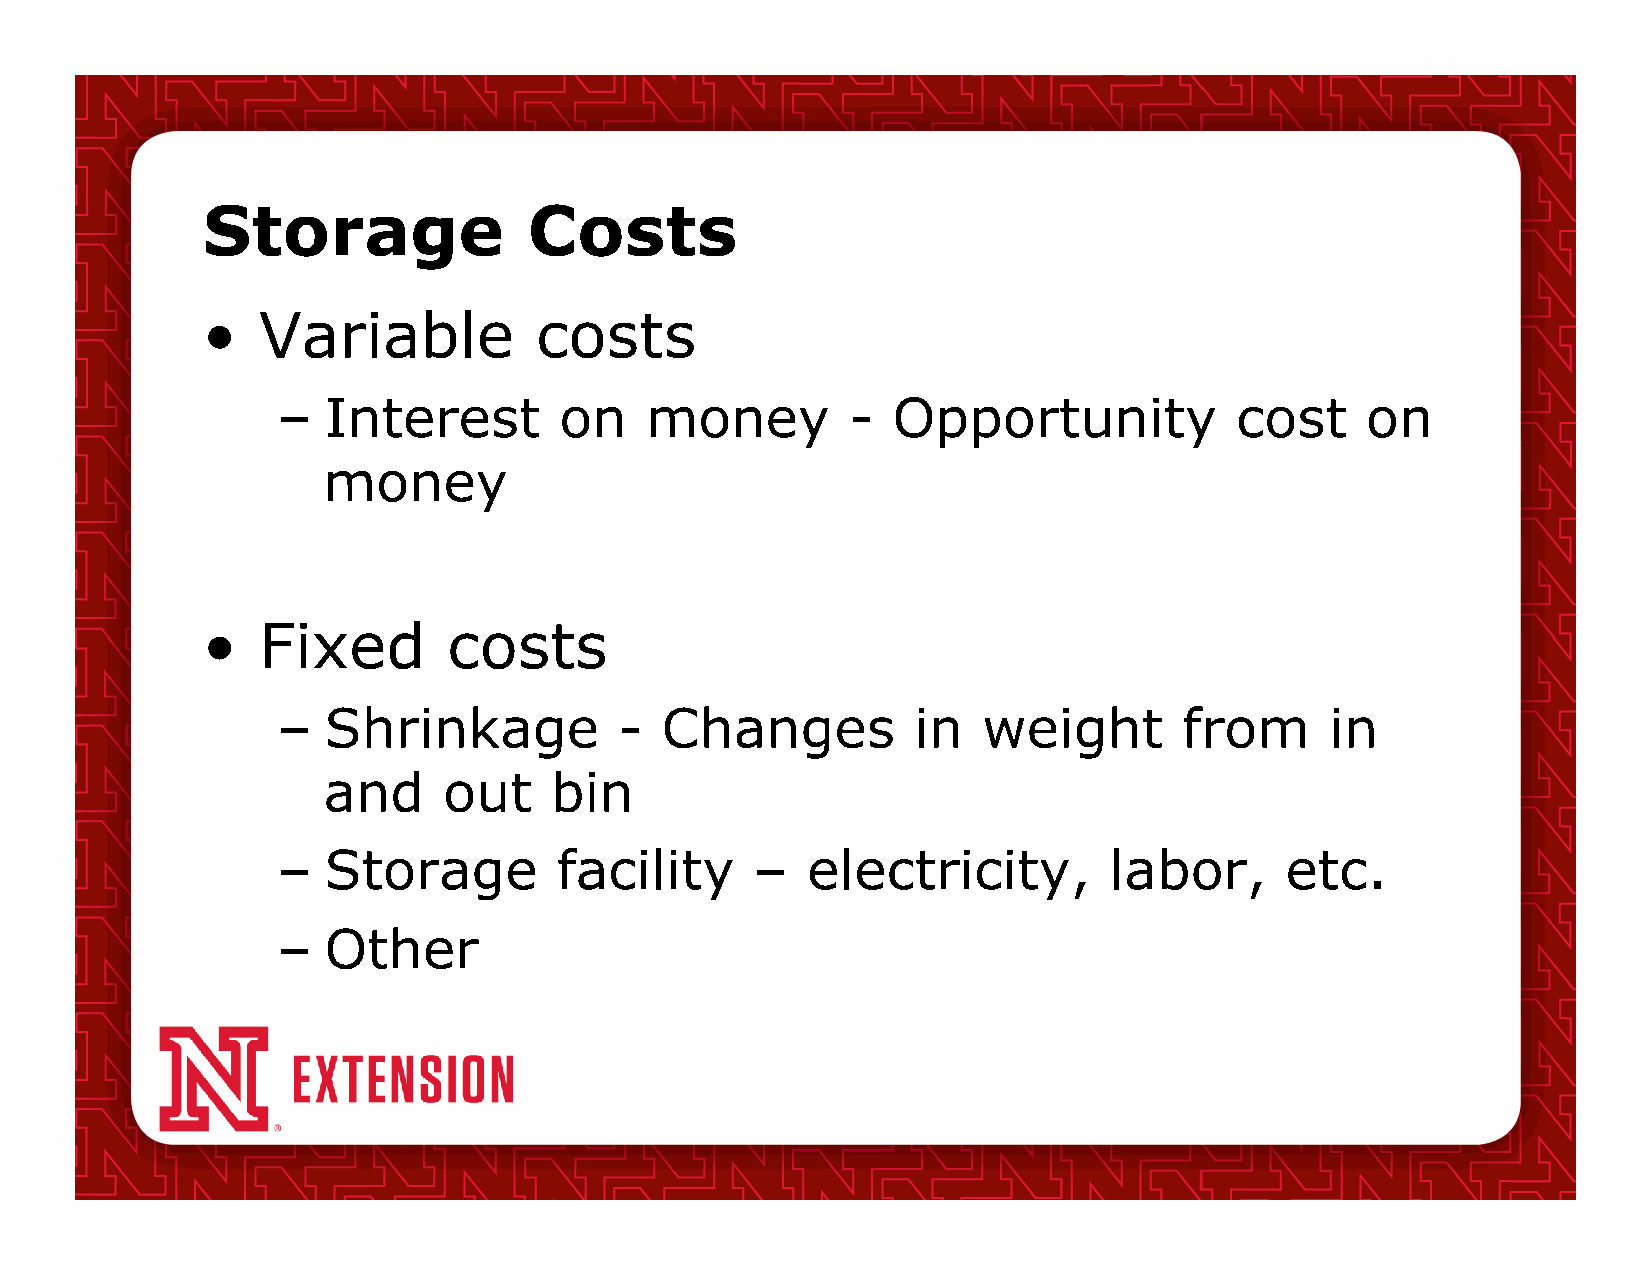
Storage               Costs
 •   Variable          costs
 –  Interest        on    money        -  Opportunity            cost    on
 money
 •   Fixed        costs
 –  Shrinkage           -  Changes         in   weight       from      in
 and     out    bin
 –  Storage         facility     –  electricity,        labor,      etc.
 –  Other